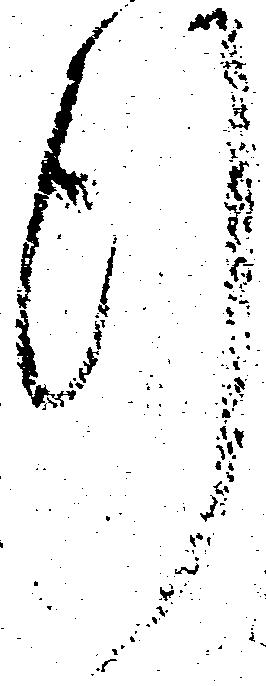
行